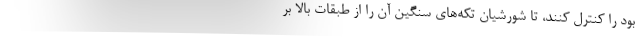
بود را کنترل کنند، تا شورشیان تکه‌های سنگین آن را از طبقات بالا بر